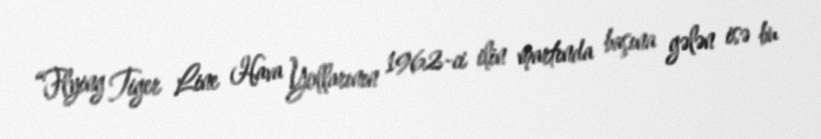
“Flying Tiger Line Hava Yollarının 1962-ci ilin martında başına gələn isə bu